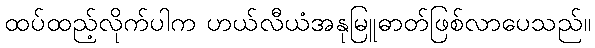
ထပ်ထည့်လိုက်ပါက ဟယ်လီယံအနုမြူဓာတ်ဖြစ်လာပေသည်။